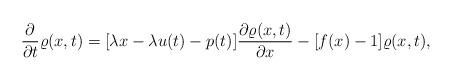
LaTeX: \begin{align*}\frac{\partial }{\partial t} \varrho ( x,t) = [ \lambda x - \lambda u(t) - p(t)] \frac{\partial \varrho (x,t)}{\partial x} - [f(x) - 1] \varrho ( x, t ) ,\end{align*}